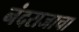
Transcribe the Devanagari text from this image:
नंदराजाचा